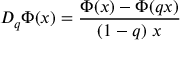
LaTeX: D _ { q } \Phi ( x ) = \frac { \Phi ( x ) - \Phi ( q x ) } { ( 1 - q ) \ x }